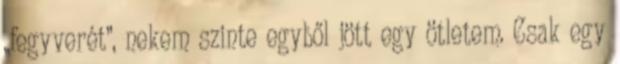
„fegyverét”, nekem szinte egyből jött egy ötletem. Csak egy